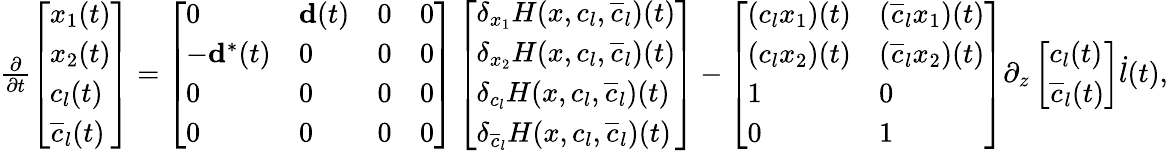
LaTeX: \begin{array}{r}{\frac{\partial}{\partial t}\left[\begin{array}{l}{x_{1}(t)}\\ {x_{2}(t)}\\ {c_{l}(t)}\\ {\overline{{c}}_{l}(t)}\end{array}\right]=\left[\begin{array}{llll}{0}&{\mathbf{d}(t)}&{0}&{0}\\ {-\mathbf{d}^{\ast}(t)}&{0}&{0}&{0}\\ {0}&{0}&{0}&{0}\\ {0}&{0}&{0}&{0}\end{array}\right]\left[\begin{array}{l}{\delta_{x_{1}}H(x,c_{l},\overline{{c}}_{l})(t)}\\ {\delta_{x_{2}}H(x,c_{l},\overline{{c}}_{l})(t)}\\ {\delta_{c_{l}}H(x,c_{l},\overline{{c}}_{l})(t)}\\ {\delta_{\overline{{c}}_{l}}H(x,c_{l},\overline{{c}}_{l})(t)}\end{array}\right]-\left[\begin{array}{ll}{(c_{l}x_{1})(t)}&{(\overline{{c}}_{l}x_{1})(t)}\\ {(c_{l}x_{2})(t)}&{(\overline{{c}}_{l}x_{2})(t)}\\ {1}&{0}\\ {0}&{1}\end{array}\right]\partial_{z}\left[\begin{array}{l}{c_{l}(t)}\\ {\overline{{c}}_{l}(t)}\end{array}\right]\dot{l}(t),}\end{array}